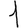
Digit: 1